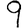
Digit: 9